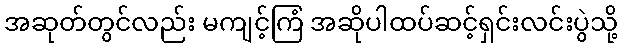
အဆုတ်တွင်လည်း မကျင့်ကြံ အဆိုပါထပ်ဆင့်ရှင်းလင်းပွဲသို့